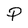
Character: P